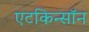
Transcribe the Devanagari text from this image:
एटकिन्सॉन